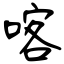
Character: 喀